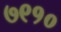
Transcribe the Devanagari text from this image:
७९१०